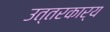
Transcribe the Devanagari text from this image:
उत्तरकार्य